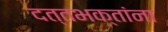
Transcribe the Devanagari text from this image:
दत्तभक्तांना